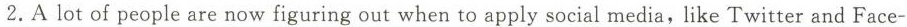
2.A lot of people are now figuring out when to apply social media,like Twitter and Face-